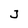
Character: 3